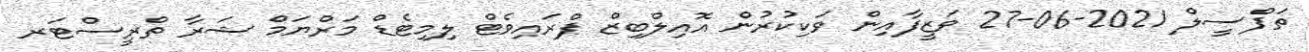
ތަފްސީލް 2021-06-27 ވަޒީފާއިން ވަކިކުރުން އޮއިލްބިޒް ޕްރައިވެޓް ލިމިޓެޑް މަރްޔަމް ޝަރާ ތްރީސްޓަރ